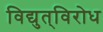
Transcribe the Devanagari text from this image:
विद्युत्‌विरोध